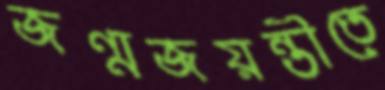
জন্মজয়ন্তীতে